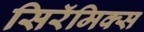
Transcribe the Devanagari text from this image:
सिरॅमिक्स